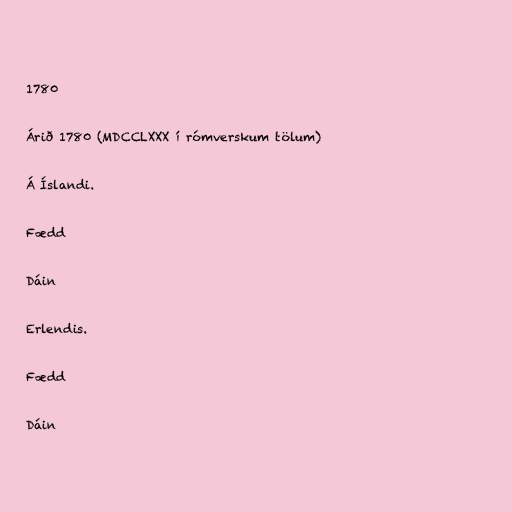
1780

Árið 1780 (MDCCLXXX í rómverskum tölum)

Á Íslandi.

Fædd

Dáin

Erlendis.

Fædd

Dáin